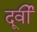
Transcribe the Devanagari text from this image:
दूर्वी